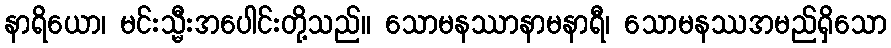
နာရိယော၊ မင်းသ္မီးအပေါင်းတို့သည်။ သောမနဿာနာမနာရီ၊ သောမနဿအမည်ရှိသော